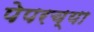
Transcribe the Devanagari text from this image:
पेपरच्या